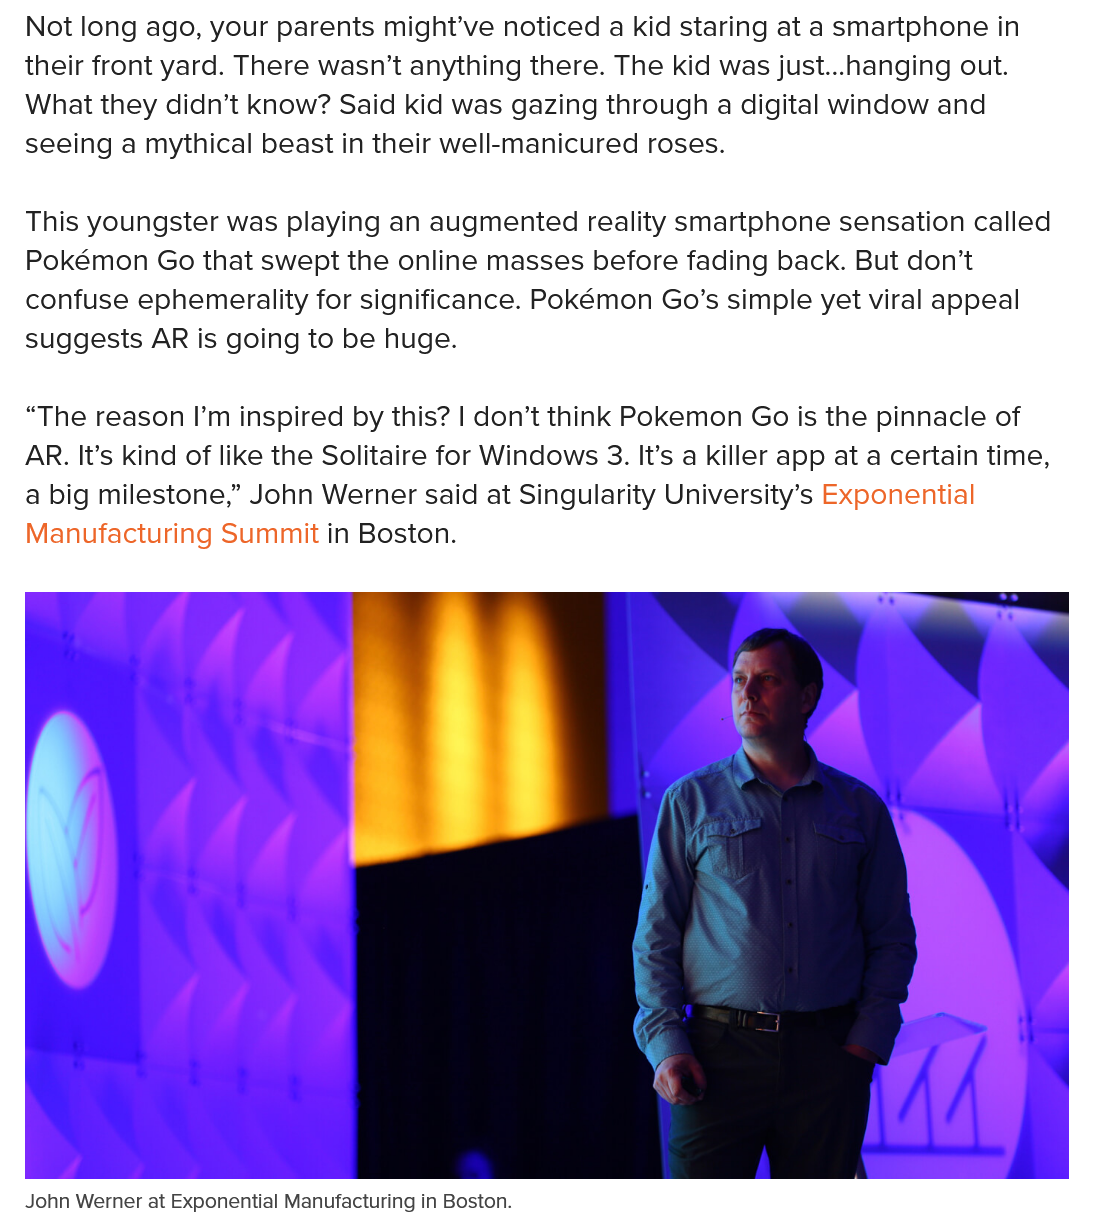
John Werner at Exponential Manufacturing in Boston
  Not long ago, your parents might've noticed a kid staring at a smartphone in
  their front yard. There wasn’t anything there. The kid was just...hanging out.
  What they didn’t know? Said kid was gazing through a digital window and
  seeing a mythical beast in their well-manicured roses.
  This youngster was playing an augmented reality smartphone sensation called
  Pokémon Go that swept the online masses before fading back. But don’t
  confuse ephemerality for significance. Pokémon Go’s simple yet viral appeal
  suggests AR is going to be huge.
  “The reason I’m inspired by this? | don’t think Pokemon Go is the pinnacle of
  AR. It’s kind of like the Solitaire for Windows 3. It’s a killer app at a certain time,
  a big milestone,” John Werner said at Singularity University’s Exponential
  Manufacturing Summit in Boston.